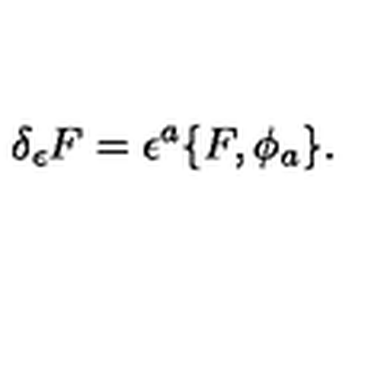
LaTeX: \delta _ { \epsilon } F = \epsilon ^ { a } \{ F , \phi _ { a } \} .